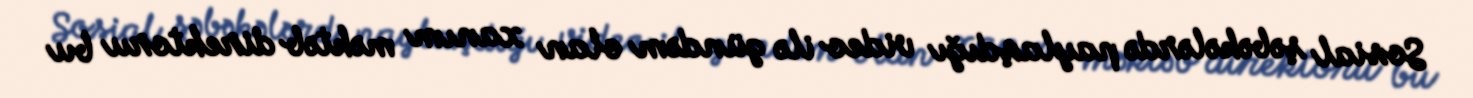
Sosial şəbəkələrdə paylaşdığı video ilə gündəm olan xanım məktəb direktoru bu